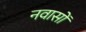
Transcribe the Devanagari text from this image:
नवासों